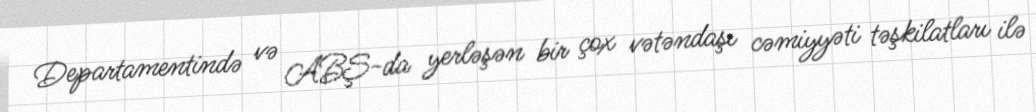
Departamentində və ABŞ-da yerləşən bir çox vətəndaşı cəmiyyəti təşkilatları ilə